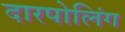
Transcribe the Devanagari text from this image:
दारपोलिंग